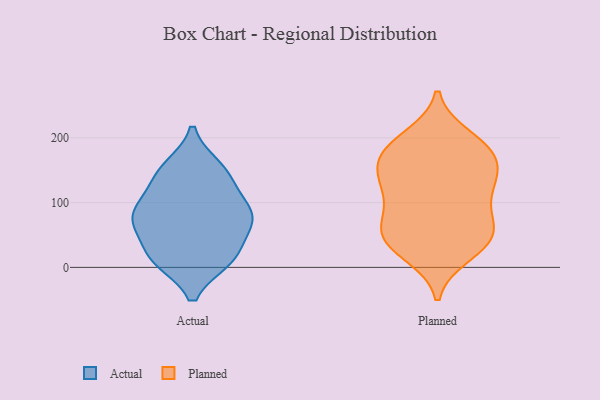
{"axis": {"x": "Backlog", "y": "Value"}, "legend": ["Actual", "Planned"], "data": [{"x": "", "y": 73, "type": "Actual"}, {"x": "", "y": 15, "type": "Actual"}, {"x": "", "y": 80, "type": "Actual"}, {"x": "", "y": 118, "type": "Actual"}, {"x": "", "y": 87, "type": "Actual"}, {"x": "", "y": 75, "type": "Actual"}, {"x": "", "y": 154, "type": "Actual"}, {"x": "", "y": 14, "type": "Actual"}, {"x": "", "y": 17, "type": "Actual"}, {"x": "", "y": 150, "type": "Actual"}, {"x": "", "y": 59, "type": "Actual"}, {"x": "", "y": 12, "type": "Actual"}, {"x": "", "y": 82, "type": "Actual"}, {"x": "", "y": 140, "type": "Actual"}, {"x": "", "y": 56, "type": "Planned"}, {"x": "", "y": 189, "type": "Planned"}, {"x": "", "y": 175, "type": "Planned"}, {"x": "", "y": 200, "type": "Planned"}, {"x": "", "y": 32, "type": "Planned"}, {"x": "", "y": 121, "type": "Planned"}, {"x": "", "y": 127, "type": "Planned"}, {"x": "", "y": 87, "type": "Planned"}, {"x": "", "y": 132, "type": "Planned"}, {"x": "", "y": 45, "type": "Planned"}, {"x": "", "y": 53, "type": "Planned"}, {"x": "", "y": 45, "type": "Planned"}, {"x": "", "y": 134, "type": "Planned"}, {"x": "", "y": 177, "type": "Planned"}, {"x": "", "y": 21, "type": "Planned"}, {"x": "", "y": 155, "type": "Planned"}, {"x": "", "y": 77, "type": "Planned"}, {"x": "", "y": 178, "type": "Planned"}]}